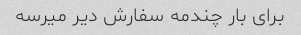
برای بار چندمه سفارش دیر میرسه